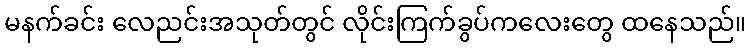
မနက်ခင်း လေညင်းအသုတ်တွင် လိုင်းကြက်ခွပ်ကလေးတွေ ထနေသည်။